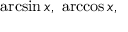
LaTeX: \arcsin x , \ \operatorname { a r c c o s } x ,